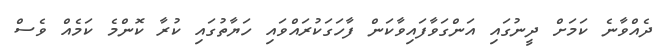
ދެއްވާނެ ކަމަށް ދީނުގައި އަންގަވާފައިވާކަން ފާހަގަކުރައްވައި ހަޔާތުގައި ކުރާ ކޮންމެ ކަމެއް ވެސް